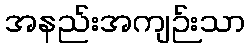
အနည်းအကျဉ်းသာ